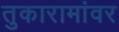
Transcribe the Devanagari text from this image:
तुकारामांवर